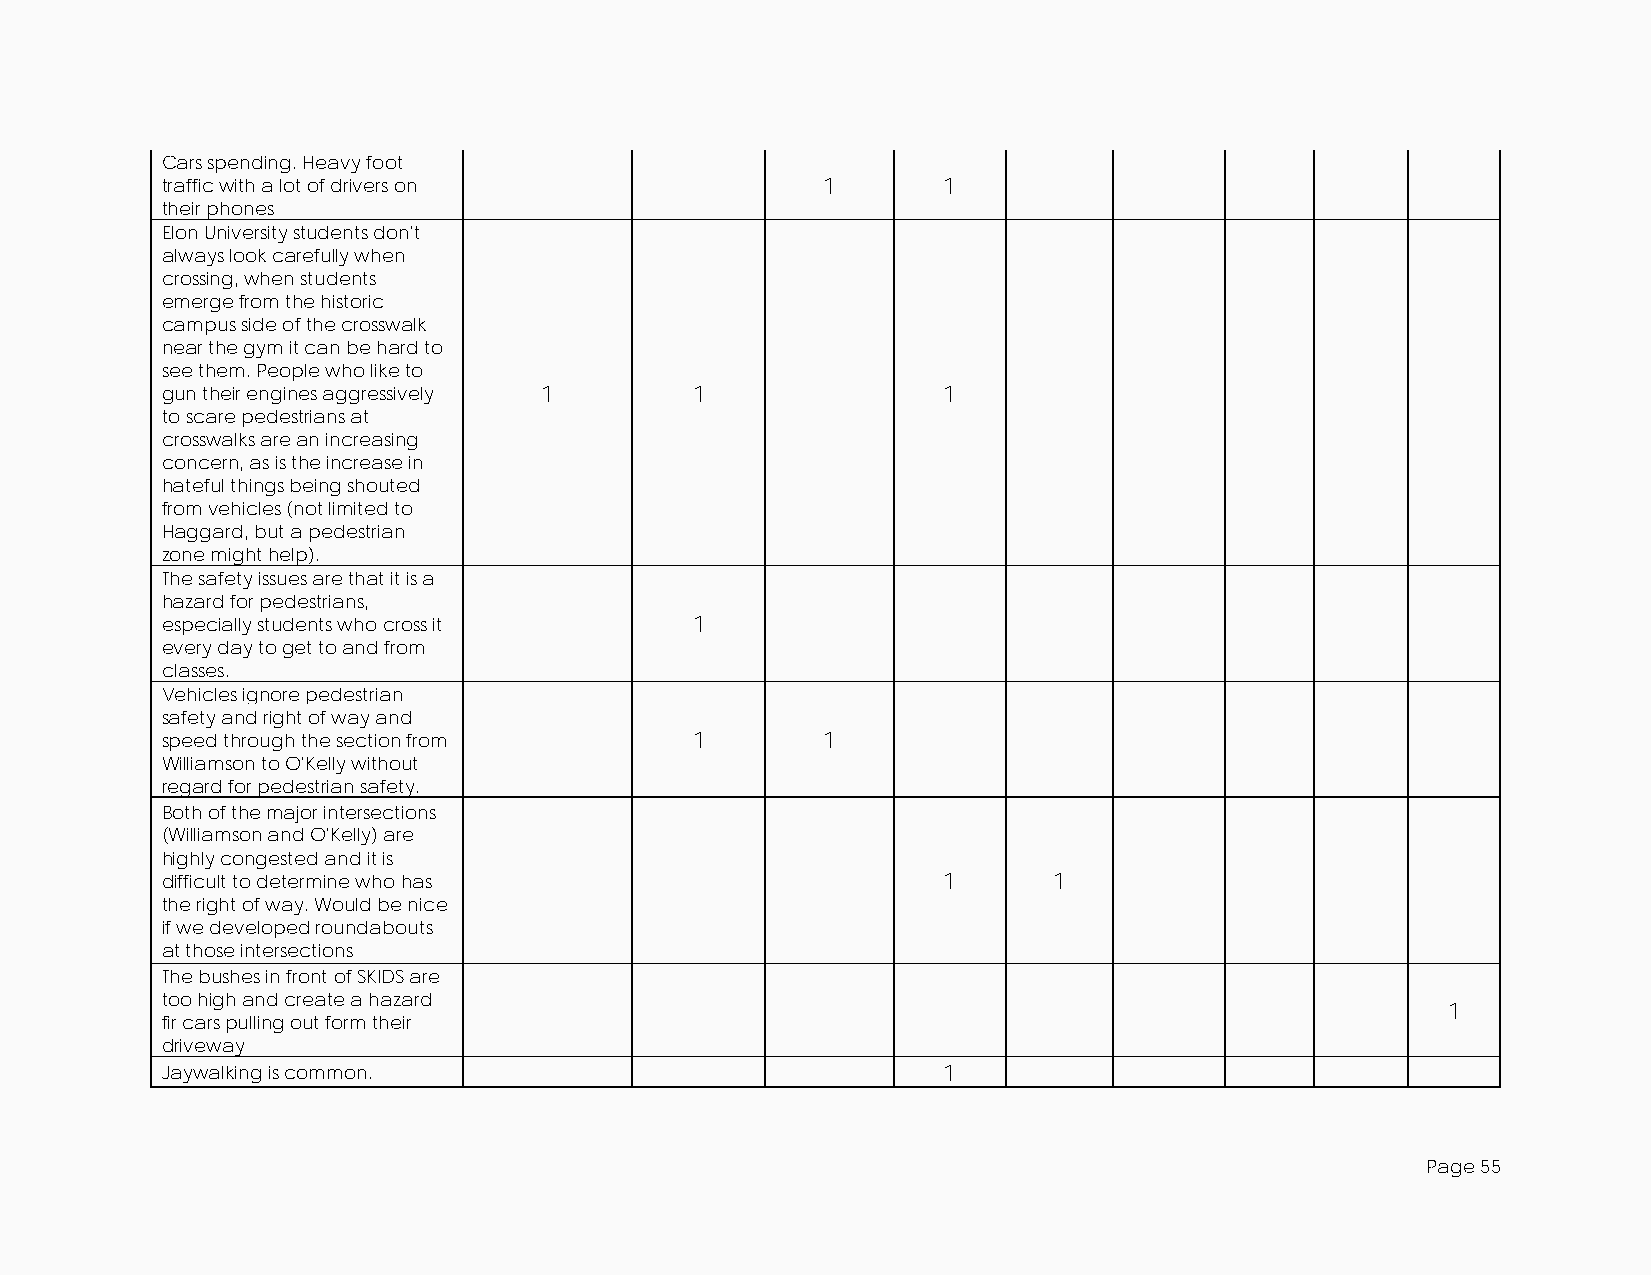
Cars spending. Heavy foot
 traffic with a lot of drivers on           1       1
 their phones
 Elon University students don't
 always look carefully when
 crossing, when students
 emerge from the historic
 campus side of the crosswalk
 near the gym it can be hard to
 see them. People who like to
 gun their engines aggressively 1   1               1
 to scare pedestrians at
 crosswalks are an increasing
 concern, as is the increase in
 hateful things being shouted
 from vehicles (not limited to
 Haggard, but a pedestrian
 zone might help).
 The safety issues are that it is a
 hazard for pedestrians,
 especially students who cross it   1
 every day to get to and from
 classes.
 Vehicles ignore pedestrian
 safety and right of way and
 speed through the section from     1       1
 Williamson to O'Kelly without
 regard for pedestrian safety.
 Both of the major intersections
 (Williamson and O'Kelly) are
 highly congested and it is
 difficult to determine who has                     1       1
 the right of way. Would be nice
 if we developed roundabouts
 at those intersections
 The bushes in front of SKIDS are
 too high and create a hazard
 1
 fir cars pulling out form their
 driveway
 Jaywalking is common.                              1
 Page 55